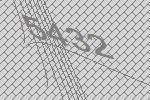
5432